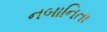
નબાનિતા